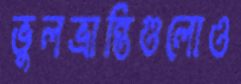
ভুলভ্রান্তিগুলোও